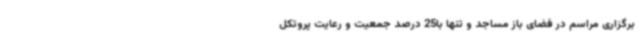
برگزاری مراسم در فضای باز مساجد و تنها با25 درصد جمعیت و رعایت پروتکل